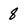
Character: 8